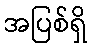
အပြစ်ရှိ